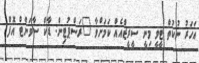
އަހަރު ނުކުތް ޓީވީ މިނީ ސީރީޒްއެއް ކަމަށްވާ "ރަސްޕުޓިން: ޑާކް ސާވަންޓް އޮފް